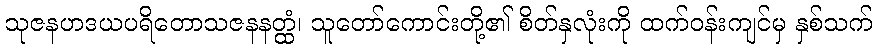
သုဇနဟဒယပရိတောသဇနနတ္ထံ၊ သူတော်ကောင်းတို့၏ စိတ်နှလုံးကို ထက်ဝန်းကျင်မှ နှစ်သက်